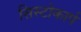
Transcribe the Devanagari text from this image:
सिस्टोकार्प